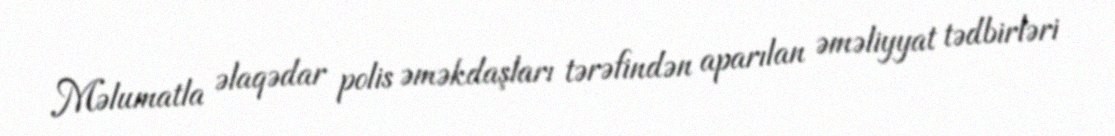
Məlumatla əlaqədar polis əməkdaşları tərəfindən aparılan əməliyyat tədbirləri